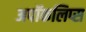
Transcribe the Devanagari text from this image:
अपॉकलिप्स